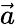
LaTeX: \vec{a}